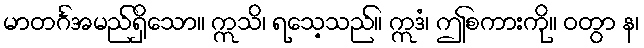
မာတင်္ဂအမည်ရှိသော။ ဣသိ၊ ရသေ့သည်။ ဣဒံ၊ ဤစကားကို။ ဝတွာ န၊